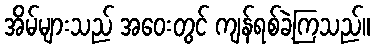
အိမ်များသည် အဝေးတွင် ကျန်ရစ်ခဲ့ကြသည်။